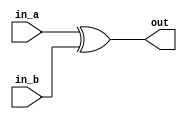
module XOR_BITWISE_N_BIT(out, in_a, in_b);
	parameter size = 4;
	input [size-1:0] in_a, in_b;
	output [size-1:0] out;

	wire [size-1:0] out;

	assign out = in_a ^ in_b;


endmodule